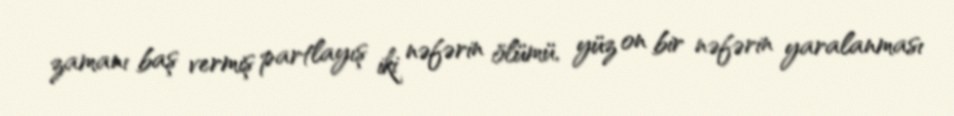
zamanı baş vermiş partlayış iki nəfərin ölümü, yüz on bir nəfərin yaralanması